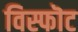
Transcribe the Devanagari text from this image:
विस्फॊट